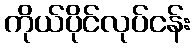
ကိုယ်ပိုင်လုပ်ငန်း